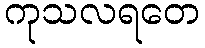
ကုသလရတေ